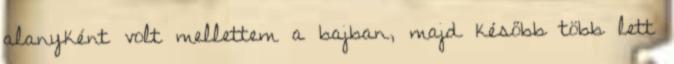
alanyként volt mellettem a bajban, majd később több lett